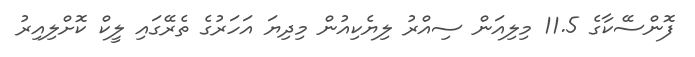
ފޮންސޭކާގެ 11.5 މިލިއަން ސިއްރު ލިޔެކިއުން މިދިޔަ އަހަރުގެ ތެރޭގައި ލީކް ކޮށްލިއިރު